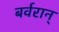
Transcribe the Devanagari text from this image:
बर्वरान्